Veterinary regulations India, 1939 -
Year: 1939
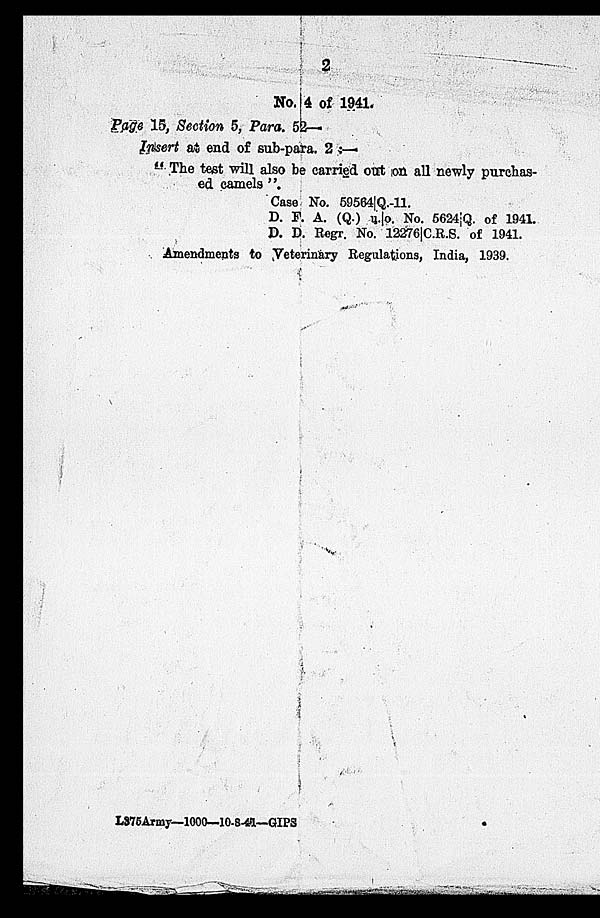
2
No. 4 of 1941.
Page 15, Section 5, Para. 52—
Insert at end of sub-para. 2 :—
"The test will also be carried out on all newly purchas-
ed camels".
Case No. 59564 Q.-11.
D. F. A. (Q.) u.o. No. 5624 Q. of 1941.
D. D. Regr. No. 12276 C.R.S. of 1941.
Amendments to Veterinary Regulations, India, 1939.
L375Army—1000—10-8-41—GIPS